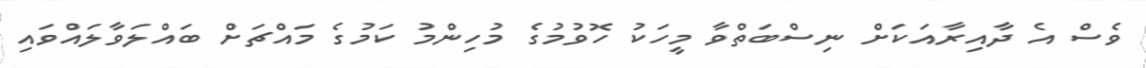
ވެސް އެ ދާއިރާއަކަށް ނިސްބަތްވާ މީހަކު ހޮވުމުގެ މުހިންމު ކަމުގެ މައްޗަށް ބައްލަވާލައްވައި